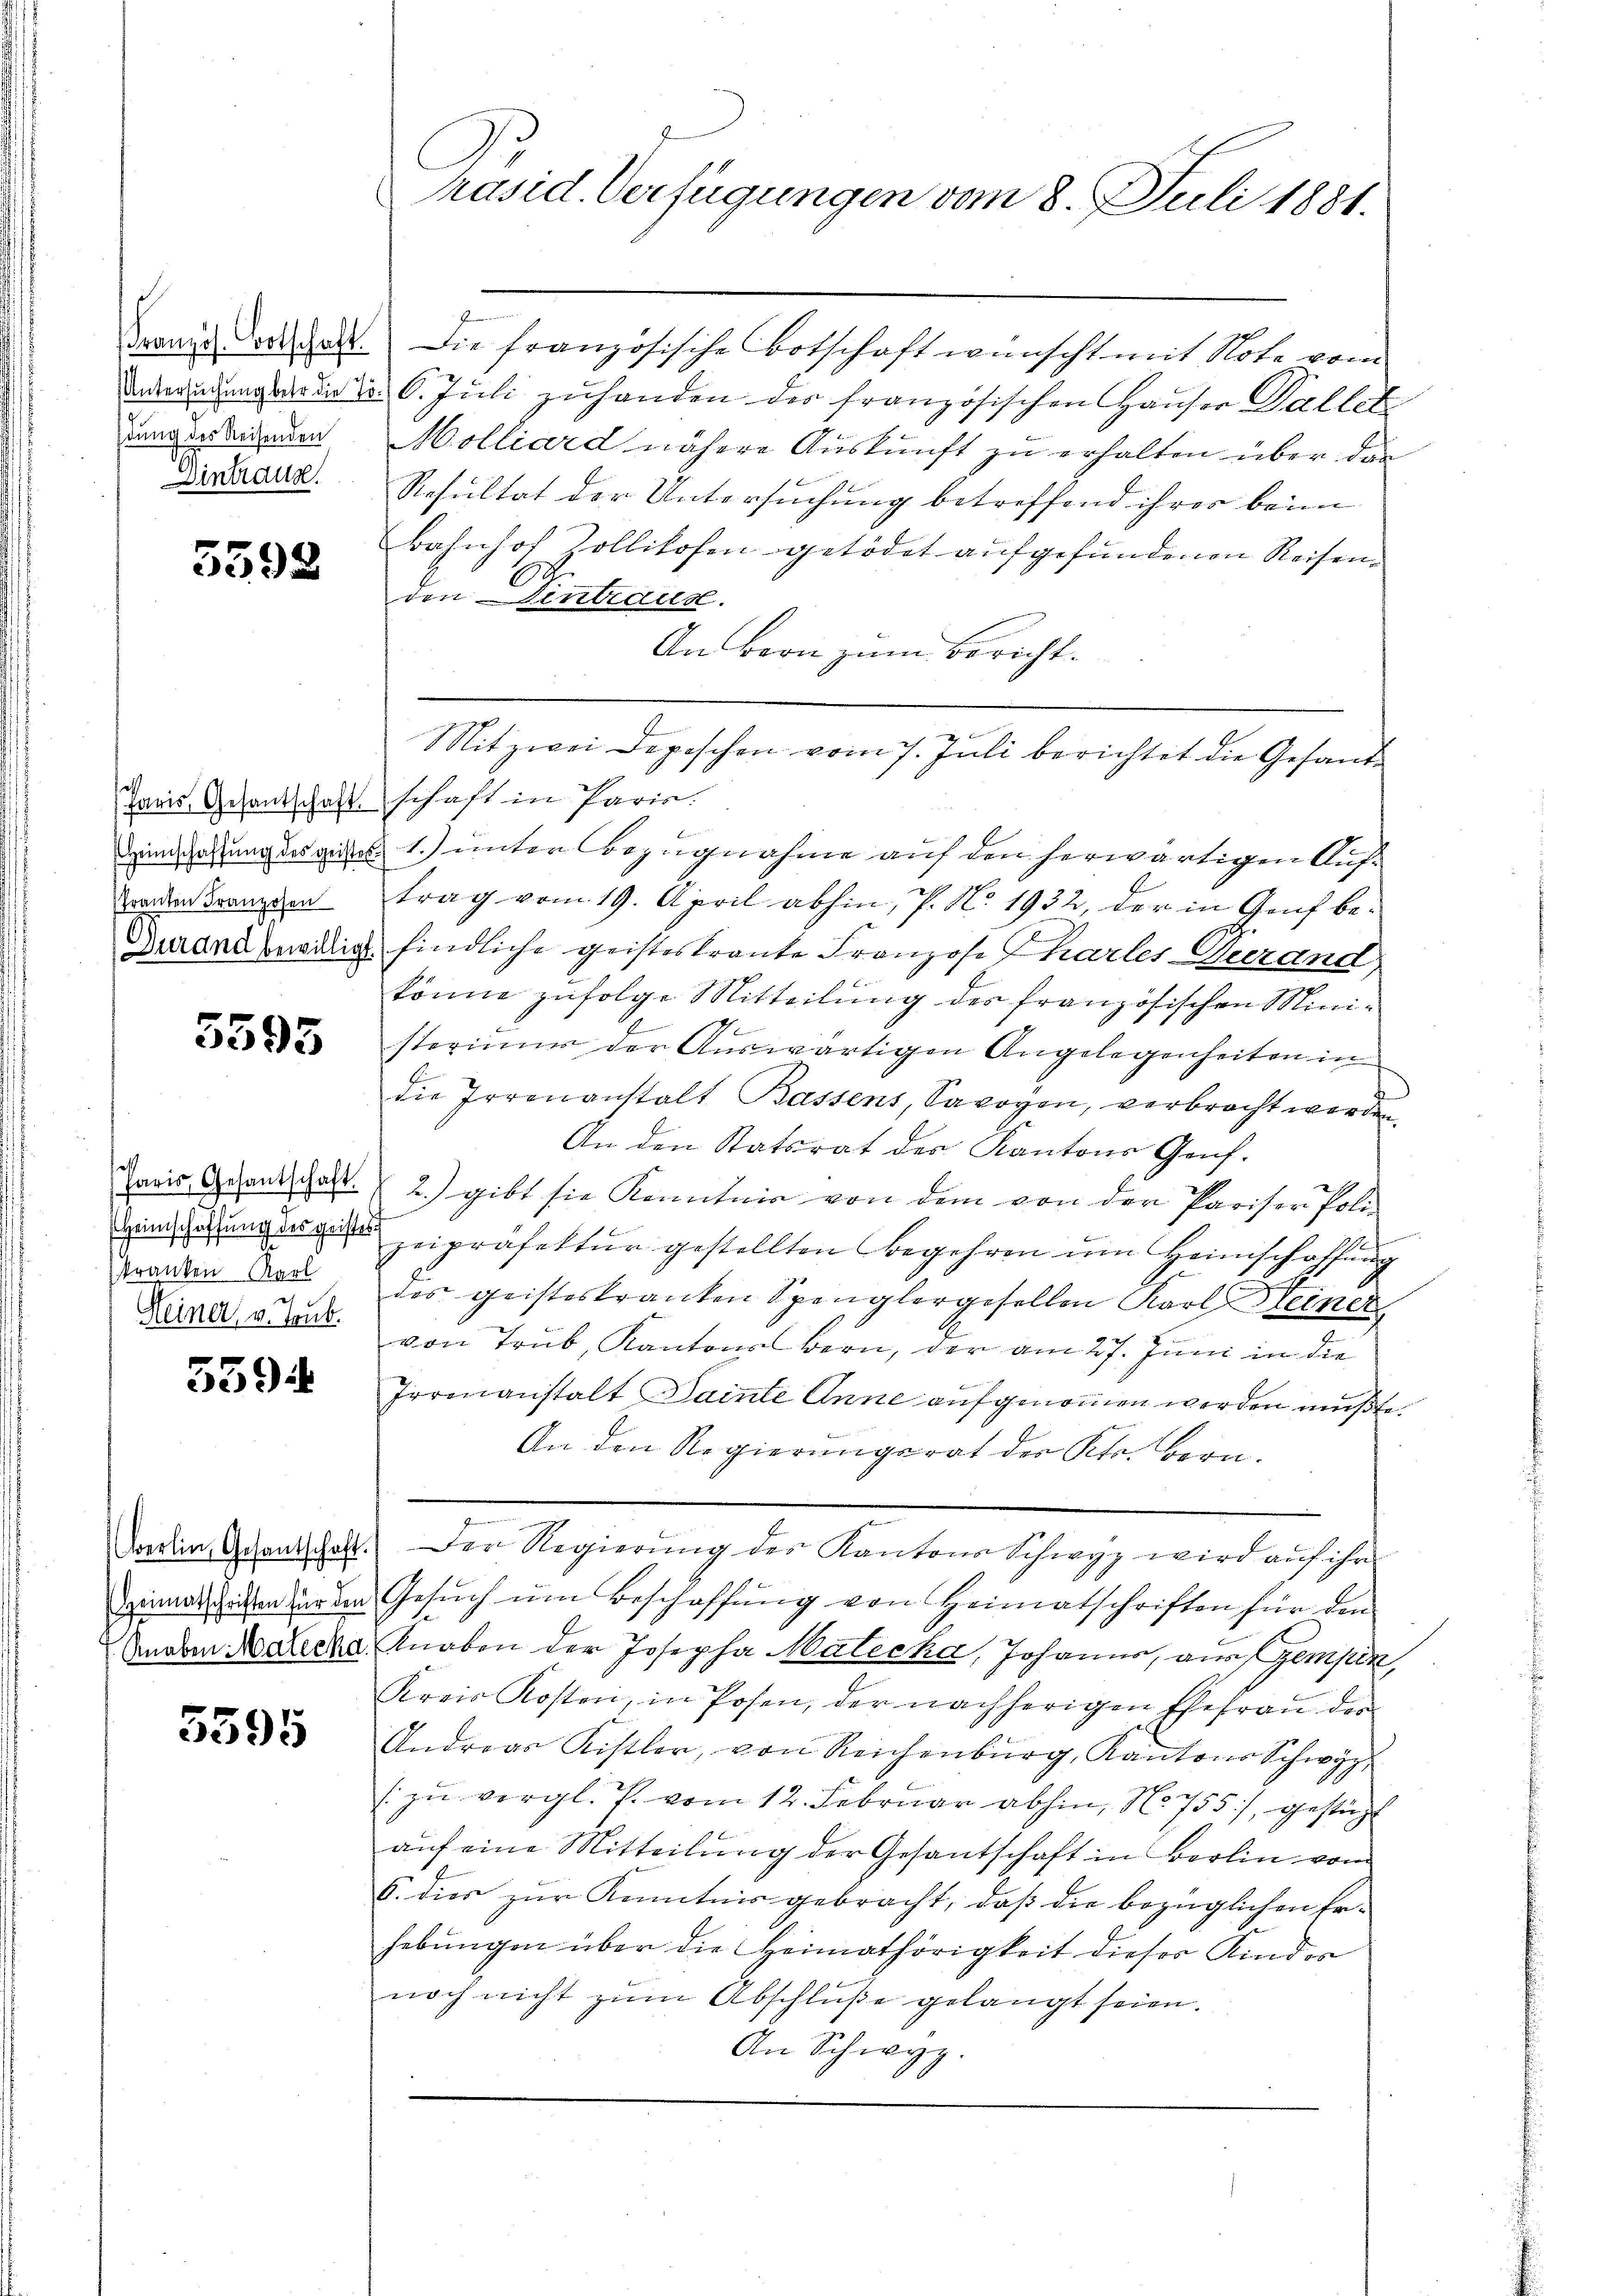
dung der Reisenden
Dintraus.

5392

Franten Franzosen

5593

kranken Karl
Keiner, v. Toub.

5594

5595

Bronis Dorliest die französische Botschaft wünscht mit Note vom
Anderendung war in d. 6. Juli zuhanden der französischen Hauser Dallet
Molliard nähere Auskunft zu erhalten über das
Resultat der Untersuchung betreffend ihrer beim
bahnhof Zollikofen getödet aŭfgefŭndenen Reisen.
den Sentiaus.
An bern zum Bericht.
Mitzwei Depeschen vom 7. Juli berichtet die Gesand¬
Paris Gesantschaft schaft in Paris.
Zinsetzung des geber 1.) unter Bezugnahme auf den herwärtigen Auftrag vom 19. April abhin, P. No. 1932, der in Gruf be¬
Duand bewilig findliche geistes traute Franzose Charler Verand
könne zŭfolge Mitteilŭng des französischen Mini-
sterium der Auswärtigen Angelegenheiten in
die Irrenanstalt Bassens, Savoyen, verbracht werden.
An den Statsrat des Kantons Genf.
Paris Gesandschaft. 2) gibt sie Kenntnis von dem von der Pariser Poli-
deinen zeipräfektŭr gestellten Begehren ŭm Heimschaffŭng
u
des geisteskranken Spenglergesellen Karl einer
von Trüb, Kantons Bern, der am 27. Juni in die
Irrenanstalt Dainte Anne aufgenommen werden mußte.
An den Regierungsrat der Petr. Bern.
Darin Gesandschaft. Der Regierŭng der Kantons Schwyz wird aŭf ihn
imaligen der den Gesŭch ŭm Beschaffŭng von Heimatschriften für den
Anden Marche Knaben der Josepha Matecka, Johanne, aus Gempen,
Kreis Kosten, in Posen, der nachherigen Ehefrau des
Andreas Kistler, von Reichenburg, Kantons Schwyz
 zŭ vergl. P. vom 12. Februar abhin, No. 755), gestützt
auf eine Mitteilung der Gesantschaft in Berlin vom
6. dies zur Kenntnis gebracht, daß die bezüglichen Erhebungen über die Heimathörigkeit dieser Kinder
noch nicht zum Abschluße gelangt seien.
An Schwyz.

Präsid. Verfügungen vom 8. Juli 1881.